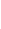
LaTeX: \! \! \! \! \! \! \! \! \! \! \! \operatorname*{det}\! \! \! \! \! \! \! \! \! \! \! \! \! \! \! \! \! \! \! \! \! \! \! \! (\! \! \! \! \! \! \! \! \! \! \! \! F\! \! \! \! \! \! \! \! \! \! \! \! ^{\! }\! \! \! \! \! \! \! \! \! \! \! +\! \! \! \! \! \! \! \! \! \! \! \! (\! \! \! \! \! \! \! \! \! \! \! \! \mathtt{r}\! \! \! \! \! \! \! \! \! \! \! \! ,\! \! \! \! \! \! \! \! \! \! \! \! 0\! \! \! \! \! \! \! \! \! \! \! \! )\! \! \! \! \! \! \! \! \! \! \! \! \! \! \! \! \! \! \! \! \! \! \! \! |\! \! \! \! \! \! \! \! \! \! \! \! F\! \! \! \! \! \! \! \! \! \! \! \! ^{\! }\! \! \! \! \! \! \! \! \! \! \! -\! \! \! \! \! \! \! \! \! \! \! \! (\mathtt{r}\! \! \! \! \! \! \! \! \! \! \! \! ,\! \! \! \! \! \! \! \! \! \! \! \! 0\! \! \! \! \! \! \! \! \! \! \! \! )\! \! \! \! \! \! \! \! \! \! \! \! \! \! \! \! \! \! \! \! \! \! \! \! )\! \! \! \! \! \! \! \! \! \! \! \! \! \! \! \! \! \! \! \! \! \! \! \! =\! \! \! \! \! \! \! \! \! \! \! \! \! \! \! \! \! \! \! \! \! \! \! \! 0\! \! \! \! \! \! \! \! \! \! \!